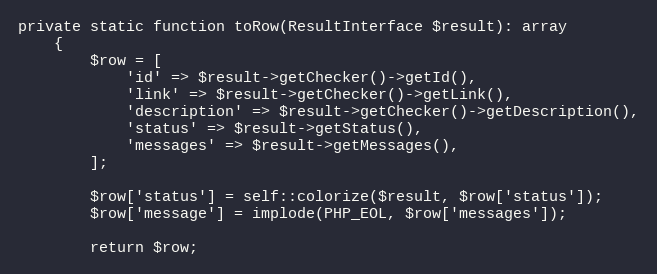
Language: PHP
private static function toRow(ResultInterface $result): array
    {
        $row = [
            'id' => $result->getChecker()->getId(),
            'link' => $result->getChecker()->getLink(),
            'description' => $result->getChecker()->getDescription(),
            'status' => $result->getStatus(),
            'messages' => $result->getMessages(),
        ];

        $row['status'] = self::colorize($result, $row['status']);
        $row['message'] = implode(PHP_EOL, $row['messages']);

        return $row;